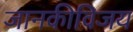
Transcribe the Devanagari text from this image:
जानकीविजय